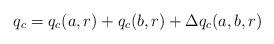
LaTeX: \begin{align*}q_c=q_c(a,r)+q_c(b,r)+\Delta q_c(a,b,r)\end{align*}